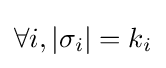
\forall i,|\sigma _{i}|=k_{i}